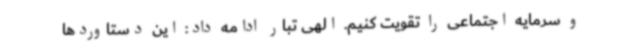
و سرمایه اجتماعی را تقویت کنیم. الهی تبار ادامه داد: این دستاوردها